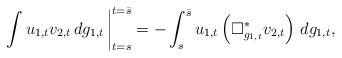
LaTeX: \begin{align*} \left.\int u_{1,t} v_{2,t}\, dg_{1,t}\,\right|^{t=\bar s}_{t=s} &= -\int_{s}^{\bar s} u_{1,t}\left(\Box^*_{g_{1,t}}v_{2,t}\right)\, dg_{1,t},\end{align*}